Vaccination North-Western Provinces 1866-1877 - 1866-1877
Year: 1866
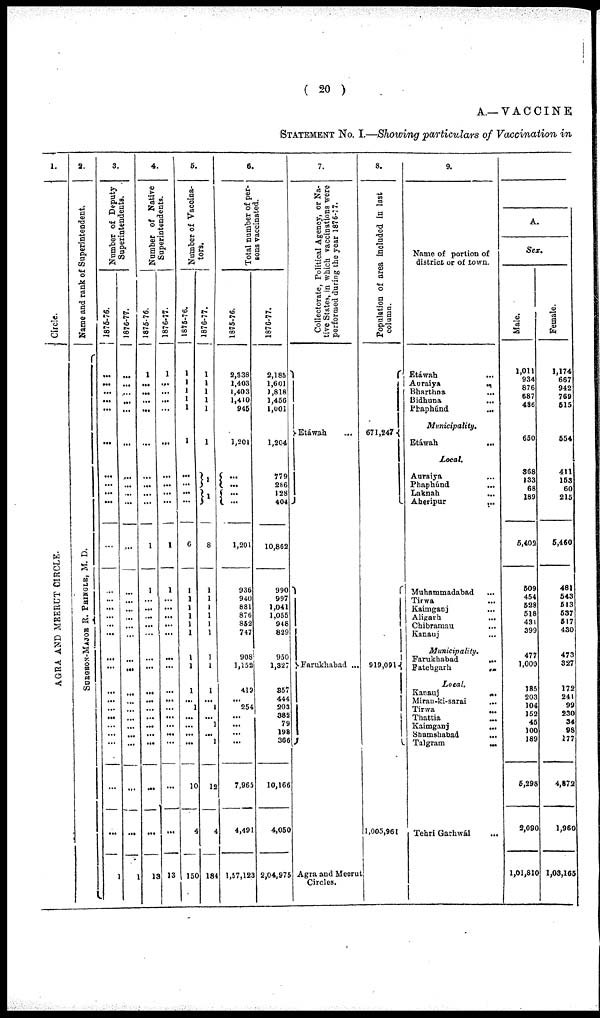
( 20 )
A.—VACCINE
STATEMENT No. I.—Showing particulars of Vaccination in
1.
Circle.
AGRA AND MEERUT CIRCLE.
2.
Name and rank of Superintendent.
SURGEON-MAJOR R. PRINGLE, M. D.
3.
Number of Deputy
Superintendents.
1876-76.
...
...
...
...
...
...
...
...
...
...
...
...
...
...
...
...
...
...
...
...
...
...
...
...
...
...
...
...
1
1876-77.
1
...
...
...
...
...
...
...
...
...
...
...
...
...
...
...
...
...
...
...
...
...
...
...
...
...
...
...
...
1
4.
Number of Native
Superintendents.
1875-76.
1
...
...
...
...
...
...
...
...
...
1
1
...
...
...
...
...
...
...
...
...
...
...
...
...
...
...
...
13
1876-77.
1
...
...
...
...
...
...
...
...
...
1
1
...
...
...
...
...
...
...
...
...
...
...
...
...
...
...
...
13
5.
Number of Vaccina-
tors.
1875-76.
1
1
1
1
1
1
...
...
...
...
6
1
1
1
1
1
1
1
1
1
... 1
...
...
...
...
10
4
150
1876-77.
1
1
1
1
1
1
1
1
8
1
1
1
1
1
1
1
1
1
... 1
...
1
... 1
12
4
184
6.
Total number of per-
sons vaccinated.
1875-76.
2,338
1,403
1,403
1,410
945
1,201
...
...
...
...
1,201
936
940
881
876
852
747
908
1,152
419
... 254
...
...
...
...
7,965
4,491
1,57,123
1876-77.
2,185
1,601
1,818
1,456
1,001
1,204
779
286
128
404
10,862
990
997
1,041
1,055
948
829
950
1,327
357
444
203
382
79
198
366
10,166
4,050
2,04,975
7.
Collectorate, Political Agency, or Na-
tive States, in which vaccinations were
performed during the year 1876-77.
Etáwah ...
Farukhabad ...
Agra and Meerut
Circles.
8.
Population of area included in last
column.
671,247
919,091
1,005,961
9.
Name of portion of
district or of town.
Etáwah ...
Auraiya ...
Bharthna ...
Bidhuna
...
Phaphúnd
...
Municipality.
Etáwah
...
Local.
Auraiya
...
Phaphúnd
...
Laknah
...
Aheripur
...
Muhammadabad ...
Tirwa ...
Kaimganj ...
Aligarh ...
Chibramau ...
Kanauj
...
Municipality.
Farukbabad ...
Fatehgarh ...
Local.
Kanauj
...
Mirau-ki-sarai
...
Tirwa ...
Thattia ...
Kaimganj ...
Shamshabad ...
Talgram
...
Tehri Garhwál
...
A.
Sex.
Male.
1,011
934
876
687
486
650
368
133
68
189
5,402
509
454
528
518
431
399
477
1,000
185
203
104
152
45 100
189
5,298
2,090
1,01,810
Female.
1,174
667 942
769
515
554
411
153
215
5,460
481
543
513
537
517
430
473
327
172
241
99 230
34
98 177
4,872
1,960
1,03,165